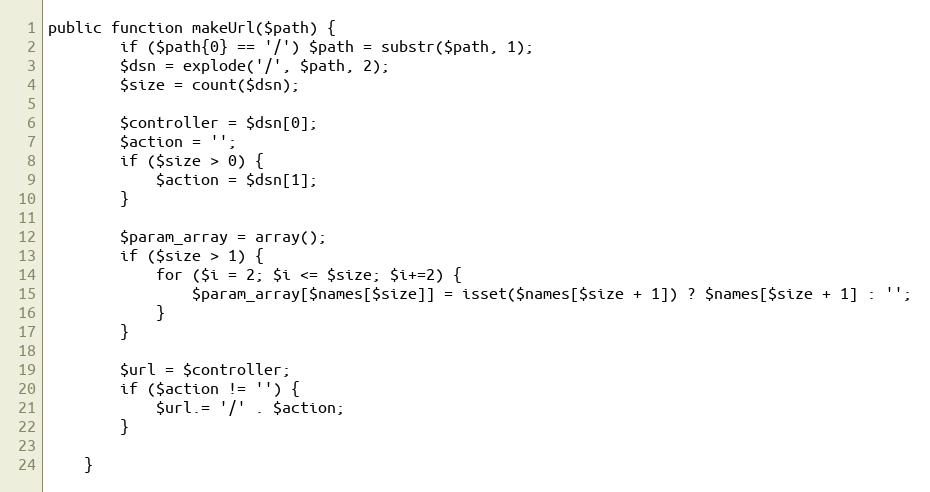
Language: PHP
public function makeUrl($path) {
		if ($path{0} == '/') $path = substr($path, 1);
		$dsn = explode('/', $path, 2);
		$size = count($dsn);

		$controller = $dsn[0];
		$action = '';
		if ($size > 0) {
			$action = $dsn[1];
		}

		$param_array = array();
		if ($size > 1) {
			for ($i = 2; $i <= $size; $i+=2) {
				$param_array[$names[$size]] = isset($names[$size + 1]) ? $names[$size + 1] : '';
			}
		}

		$url = $controller;
		if ($action != '') {
			$url.= '/' . $action;
		}

	}